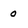
Character: 0